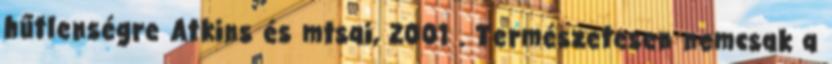
hűtlenségre Atkins és mtsai, 2001 . Természetesen nemcsak a